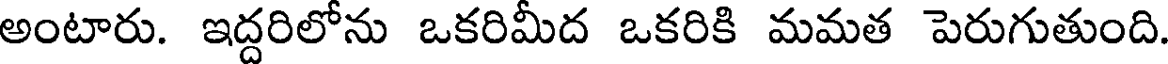
అంటారు. ఇద్దరిలోను ఒకరిమీద ఒకరికి మమత పెరుగుతుంది